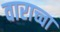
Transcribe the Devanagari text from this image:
वाराच्चा